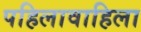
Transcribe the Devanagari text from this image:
पहिलावाहिला